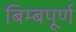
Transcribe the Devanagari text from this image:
बिम्बपूर्ण